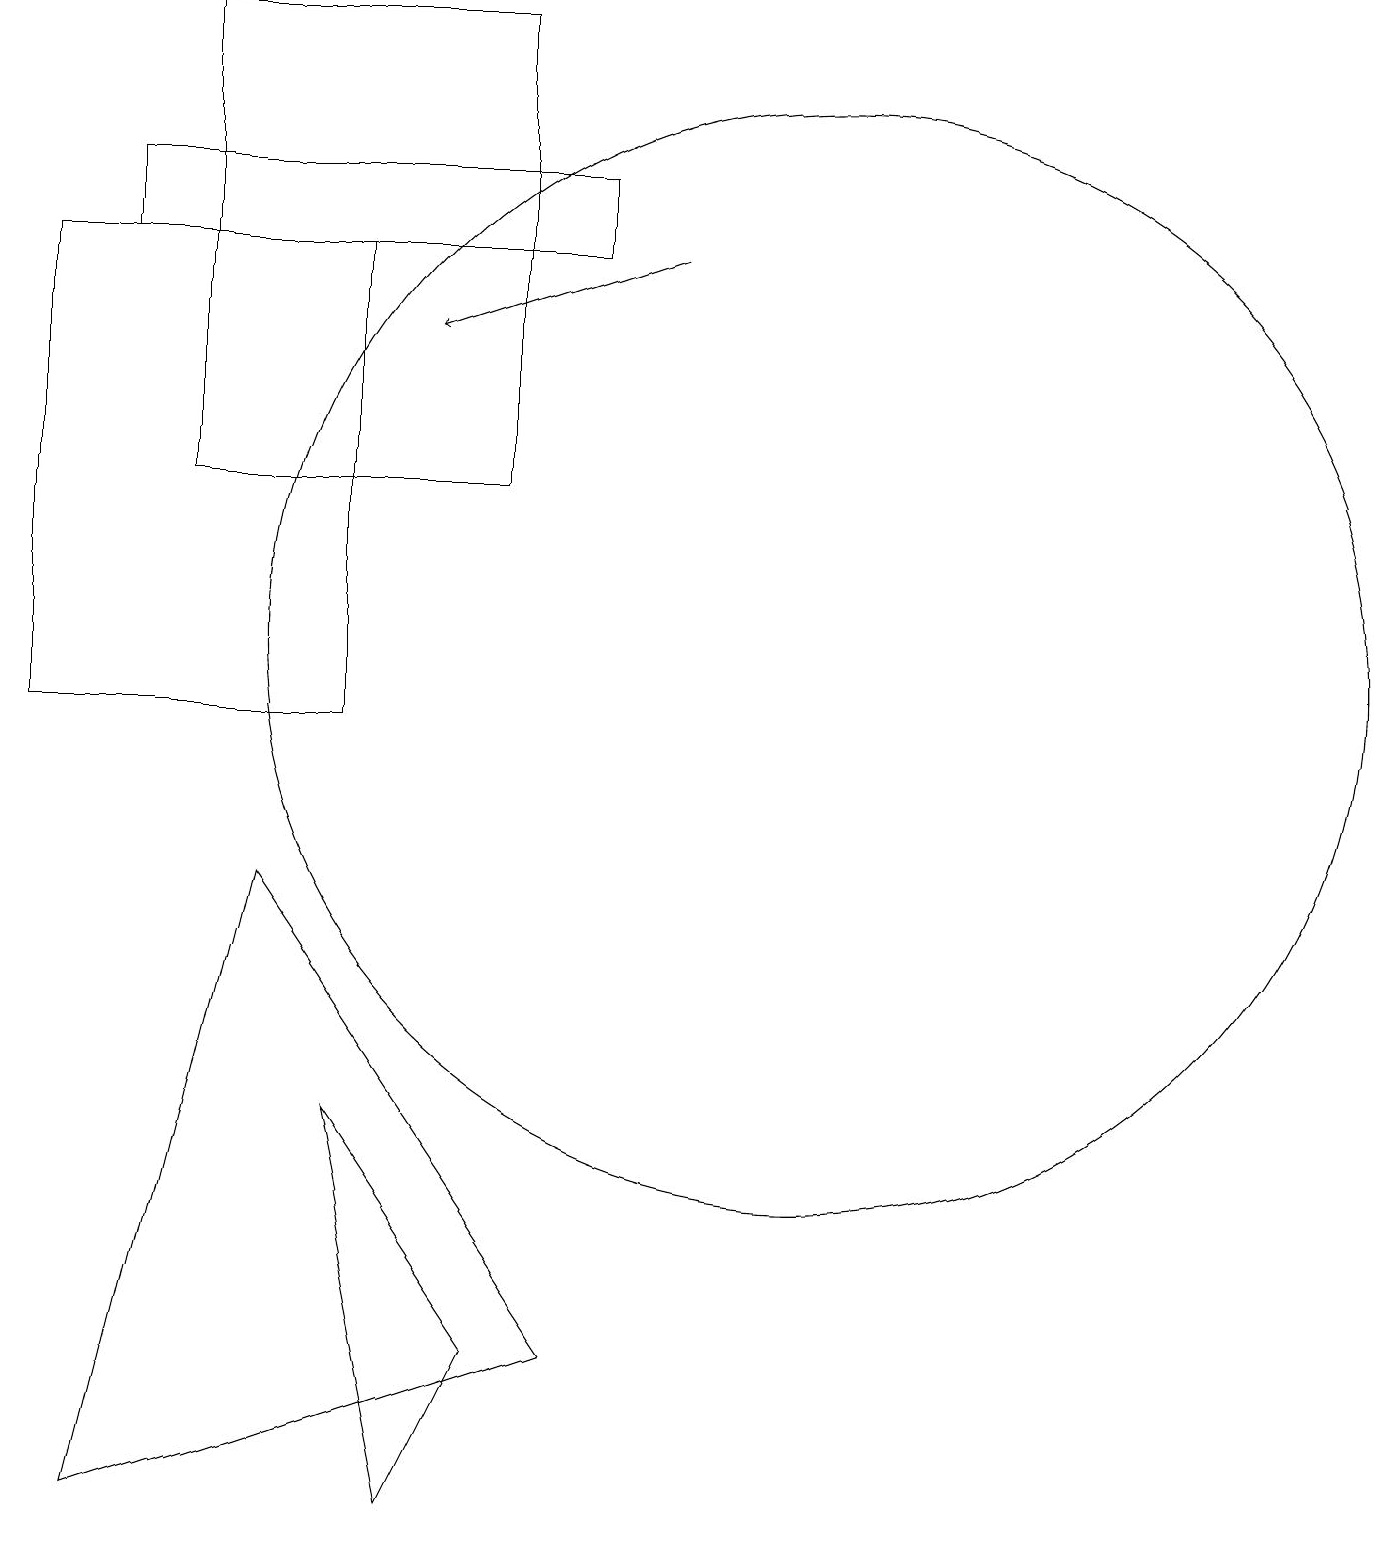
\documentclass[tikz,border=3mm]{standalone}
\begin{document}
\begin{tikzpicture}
\draw (1,10) rectangle (5,16);
\draw (3,19) rectangle (7,13);
\draw (2,0) -- (4,8) -- (8,2) -- cycle;
\draw (11,11) circle (7);
\draw[->] (9,16) -- (6,15);
\draw (2,16) rectangle (8,17);
\draw (6,0) -- (5,5) -- (7,2) -- cycle;
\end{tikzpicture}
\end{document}